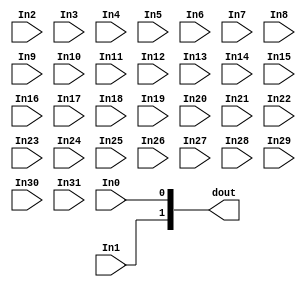
//------------------------------------------------------------------------
//--
//--  Filename      : xlconcat.v
//--
//--  Date          : 06/05/12
//-
//-  Description   : Verilog description of a concat block.  This
//-                  block does not use a core.
//-
//-----------------------------------------------------------------------

`timescale 1ps/1ps

module xlconcat_v2_1_1_xlconcat (In0, In1, In2, In3, In4, In5, In6, In7, In8, In9, In10, In11, In12, In13, In14, In15, In16, In17, In18, In19, In20, In21, In22, In23, In24, In25, In26, In27, In28, In29, In30, In31, dout);
parameter IN0_WIDTH = 1;
input 	[IN0_WIDTH -1:0] In0;
parameter IN1_WIDTH = 1;
input 	[IN1_WIDTH -1:0] In1;
parameter IN2_WIDTH = 1;
input 	[IN2_WIDTH -1:0] In2;
parameter IN3_WIDTH = 1;
input 	[IN3_WIDTH -1:0] In3;
parameter IN4_WIDTH = 1;
input 	[IN4_WIDTH -1:0] In4;
parameter IN5_WIDTH = 1;
input 	[IN5_WIDTH -1:0] In5;
parameter IN6_WIDTH = 1;
input 	[IN6_WIDTH -1:0] In6;
parameter IN7_WIDTH = 1;
input 	[IN7_WIDTH -1:0] In7;
parameter IN8_WIDTH = 1;
input 	[IN8_WIDTH -1:0] In8;
parameter IN9_WIDTH = 1;
input 	[IN9_WIDTH -1:0] In9;
parameter IN10_WIDTH = 1;
input 	[IN10_WIDTH -1:0] In10;
parameter IN11_WIDTH = 1;
input 	[IN11_WIDTH -1:0] In11;
parameter IN12_WIDTH = 1;
input 	[IN12_WIDTH -1:0] In12;
parameter IN13_WIDTH = 1;
input 	[IN13_WIDTH -1:0] In13;
parameter IN14_WIDTH = 1;
input 	[IN14_WIDTH -1:0] In14;
parameter IN15_WIDTH = 1;
input 	[IN15_WIDTH -1:0] In15;
parameter IN16_WIDTH = 1;
input 	[IN16_WIDTH -1:0] In16;
parameter IN17_WIDTH = 1;
input 	[IN17_WIDTH -1:0] In17;
parameter IN18_WIDTH = 1;
input 	[IN18_WIDTH -1:0] In18;
parameter IN19_WIDTH = 1;
input 	[IN19_WIDTH -1:0] In19;
parameter IN20_WIDTH = 1;
input 	[IN20_WIDTH -1:0] In20;
parameter IN21_WIDTH = 1;
input 	[IN21_WIDTH -1:0] In21;
parameter IN22_WIDTH = 1;
input 	[IN22_WIDTH -1:0] In22;
parameter IN23_WIDTH = 1;
input 	[IN23_WIDTH -1:0] In23;
parameter IN24_WIDTH = 1;
input 	[IN24_WIDTH -1:0] In24;
parameter IN25_WIDTH = 1;
input 	[IN25_WIDTH -1:0] In25;
parameter IN26_WIDTH = 1;
input 	[IN26_WIDTH -1:0] In26;
parameter IN27_WIDTH = 1;
input 	[IN27_WIDTH -1:0] In27;
parameter IN28_WIDTH = 1;
input 	[IN28_WIDTH -1:0] In28;
parameter IN29_WIDTH = 1;
input 	[IN29_WIDTH -1:0] In29;
parameter IN30_WIDTH = 1;
input 	[IN30_WIDTH -1:0] In30;
parameter IN31_WIDTH = 1;
input 	[IN31_WIDTH -1:0] In31;
parameter dout_width = 2;
output [dout_width-1:0] dout;
parameter NUM_PORTS =2;


generate if (NUM_PORTS == 1)
begin : C_NUM_1
    assign dout = In0; 	
end
endgenerate

generate if (NUM_PORTS == 2)
begin : C_NUM_2
    assign dout = {In1,In0}; 	
end
endgenerate

generate if (NUM_PORTS == 3)
begin:C_NUM_3
	assign dout = {In2, In1, In0}; 	
end
endgenerate

generate if (NUM_PORTS == 4)
begin:C_NUM_4
    assign dout = {In3, In2, In1, In0}; 	
end
endgenerate

generate if (NUM_PORTS == 5)
begin:C_NUM_5
    assign dout = {In4, In3, In2, In1, In0}; 	
end
endgenerate

generate if (NUM_PORTS == 6)
begin:C_NUM_6
    assign dout = {In5, In4, In3, In2, In1, In0}; 	
end
endgenerate

generate if (NUM_PORTS == 7)
begin:C_NUM_7
    assign dout = {In6, In5, In4, In3, In2, In1, In0}; 	
end
endgenerate

generate if (NUM_PORTS == 8)
begin:C_NUM_8
    assign dout = {In7, In6, In5, In4, In3, In2, In1, In0}; 	
end
endgenerate

generate if (NUM_PORTS == 9)
begin:C_NUM_9
    assign dout = {In8, In7, In6, In5, In4, In3, In2, In1, In0}; 	
end
endgenerate

generate if (NUM_PORTS == 10)
begin:C_NUM_10
    assign dout = {In9, In8, In7, In6, In5, In4, In3, In2, In1, In0}; 	
end
endgenerate

generate if (NUM_PORTS == 11)
begin:C_NUM_11
    assign dout = {In10, In9, In8, In7, In6, In5, In4, In3, In2, In1, In0}; 	
end
endgenerate

generate if (NUM_PORTS == 12)
begin:C_NUM_12
    assign dout = {In11, In10, In9, In8, In7, In6, In5, In4, In3, In2, In1, In0}; 	
end
endgenerate

generate if (NUM_PORTS == 13)
begin:C_NUM_13
    assign dout = {In12, In11, In10, In9, In8, In7, In6, In5, In4, In3, In2, In1, In0}; 	
end
endgenerate

generate if (NUM_PORTS == 14)
begin:C_NUM_14
    assign dout = {In13, In12, In11, In10, In9, In8, In7, In6, In5, In4, In3, In2, In1, In0}; 	
end
endgenerate

generate if (NUM_PORTS == 15)
begin:C_NUM_15
    assign dout = {In14, In13, In12, In11, In10, In9, In8, In7, In6, In5, In4, In3, In2, In1, In0}; 	
end
endgenerate

generate if (NUM_PORTS == 16)
begin:C_NUM_16
    assign dout = {In15, In14, In13, In12, In11, In10, In9, In8, In7, In6, In5, In4, In3, In2, In1, In0}; 	
end
endgenerate

generate if (NUM_PORTS == 17)
begin:C_NUM_17
    assign dout = {In16, In15, In14, In13, In12, In11, In10, In9, In8, In7, In6, In5, In4, In3, In2, In1, In0}; 	
end
endgenerate

generate if (NUM_PORTS == 18)
begin:C_NUM_18
    assign dout = {In17, In16, In15, In14, In13, In12, In11, In10, In9, In8, In7, In6, In5, In4, In3, In2, In1, In0}; 	
end
endgenerate

generate if (NUM_PORTS == 19)
begin:C_NUM_19
    assign dout = {In18, In17, In16, In15, In14, In13, In12, In11, In10, In9, In8, In7, In6, In5, In4, In3, In2, In1, In0}; 	
end
endgenerate

generate if (NUM_PORTS == 20)
begin:C_NUM_20
    assign dout = {In19, In18, In17, In16, In15, In14, In13, In12, In11, In10, In9, In8, In7, In6, In5, In4, In3, In2, In1, In0}; 	
end
endgenerate

generate if (NUM_PORTS == 21)
begin:C_NUM_21
    assign dout = {In20, In19, In18, In17, In16, In15, In14, In13, In12, In11, In10, In9, In8, In7, In6, In5, In4, In3, In2, In1, In0}; 	
end
endgenerate

generate if (NUM_PORTS == 22)
begin:C_NUM_22
    assign dout = {In21, In20, In19, In18, In17, In16, In15, In14, In13, In12, In11, In10, In9, In8, In7, In6, In5, In4, In3, In2, In1, In0}; 	
end
endgenerate

generate if (NUM_PORTS == 23)
begin:C_NUM_23
    assign dout = {In22, In21, In20, In19, In18, In17, In16, In15, In14, In13, In12, In11, In10, In9, In8, In7, In6, In5, In4, In3, In2, In1, In0}; 	
end
endgenerate

generate if (NUM_PORTS == 24)
begin:C_NUM_24
    assign dout = {In23, In22, In21, In20, In19, In18, In17, In16, In15, In14, In13, In12, In11, In10, In9, In8, In7, In6, In5, In4, In3, In2, In1, In0}; 	
end
endgenerate

generate if (NUM_PORTS == 25)
begin:C_NUM_25
    assign dout = {In24, In23, In22, In21, In20, In19, In18, In17, In16, In15, In14, In13, In12, In11, In10, In9, In8, In7, In6, In5, In4, In3, In2, In1, In0}; 	
end
endgenerate

generate if (NUM_PORTS == 26)
begin:C_NUM_26
    assign dout = {In25, In24, In23, In22, In21, In20, In19, In18, In17, In16, In15, In14, In13, In12, In11, In10, In9, In8, In7, In6, In5, In4, In3, In2, In1, In0}; 	
end
endgenerate

generate if (NUM_PORTS == 27)
begin:C_NUM_27
    assign dout = {In26, In25, In24, In23, In22, In21, In20, In19, In18, In17, In16, In15, In14, In13, In12, In11, In10, In9, In8, In7, In6, In5, In4, In3, In2, In1, In0}; 	
end
endgenerate

generate if (NUM_PORTS == 28)
begin:C_NUM_28
    assign dout = {In27, In26, In25, In24, In23, In22, In21, In20, In19, In18, In17, In16, In15, In14, In13, In12, In11, In10, In9, In8, In7, In6, In5, In4, In3, In2, In1, In0}; 	
end
endgenerate

generate if (NUM_PORTS == 29)
begin:C_NUM_29
    assign dout = {In28, In27, In26, In25, In24, In23, In22, In21, In20, In19, In18, In17, In16, In15, In14, In13, In12, In11, In10, In9, In8, In7, In6, In5, In4, In3, In2, In1, In0}; 	
end
endgenerate

generate if (NUM_PORTS == 30)
begin:C_NUM_30
    assign dout = {In29, In28, In27, In26, In25, In24, In23, In22, In21, In20, In19, In18, In17, In16, In15, In14, In13, In12, In11, In10, In9, In8, In7, In6, In5, In4, In3, In2, In1, In0}; 	
end
endgenerate

generate if (NUM_PORTS == 31)
begin:C_NUM_31
    assign dout = {In30, In29, In28, In27, In26, In25, In24, In23, In22, In21, In20, In19, In18, In17, In16, In15, In14, In13, In12, In11, In10, In9, In8, In7, In6, In5, In4, In3, In2, In1, In0}; 	
end
endgenerate

generate if (NUM_PORTS == 32)
begin:C_NUM_32
    assign dout = {In31, In30, In29, In28, In27, In26, In25, In24, In23, In22, In21, In20, In19, In18, In17, In16, In15, In14, In13, In12, In11, In10, In9, In8, In7, In6, In5, In4, In3, In2, In1, In0}; 	
end
endgenerate

endmodule